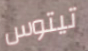
تيتوس